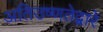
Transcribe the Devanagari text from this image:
अतिउष्णतेद्वारे